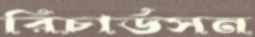
রিচার্ডসন